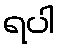
ရပါ